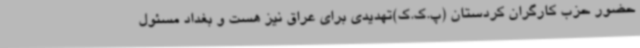
حضور حزب کارگران کردستان (پ.ک.ک)تهدیدی برای عراق نیز هست و بغداد مسئول